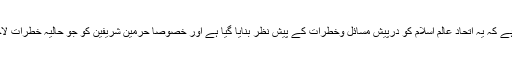
فرق اس میں یہ ہے کہ یہ اتحاد عالم اسلام کو درپیش مسائل وخطرات کے پیش نظر بنایا گیا ہے اور خصوصاََ حرمین شریفین کو جو حالیہ خطرات لاحق ہوچکے ہیں ۔